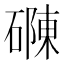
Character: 𮁂